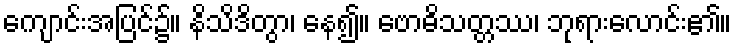
ကျောင်းအပြင်၌။ နိသိဒိတွာ၊ နေ၍။ ဗောဓိသတ္တဿ၊ ဘုရားလောင်း၏။